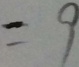
= 9